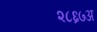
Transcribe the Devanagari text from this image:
२८६७अ